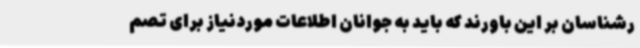
رشناسان بر این باورند که باید به جوانان اطلاعات موردنیاز برای تصم